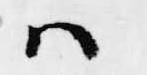
ハ